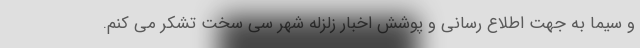
و سیما به جهت اطلاع رسانی و پوشش اخبار زلزله شهر سی سخت تشکر می کنم.